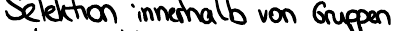
Selektion innerhalb von Gruppen